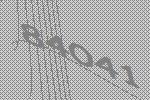
84041